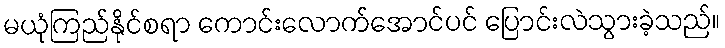
မယုံကြည်နိုင်စရာ ကောင်းလောက်အောင်ပင် ပြောင်းလဲသွားခဲ့သည်။